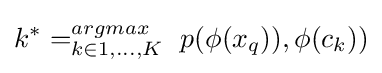
k^{*}=_{k\in 1,...,K}^{argmax}\ p(\phi (x_{q})),\phi (c_{k}))